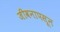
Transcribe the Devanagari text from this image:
जीवनापसून